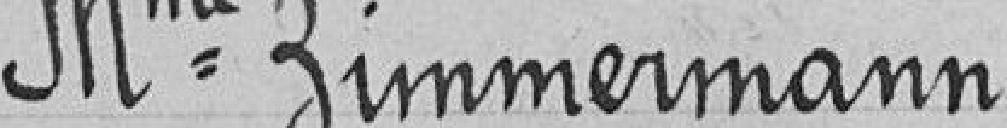
Madame Zimmermann